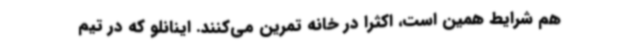
هم شرایط همین است، اکثرا در خانه تمرین می‌کنند. اینانلو که در تیم